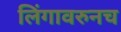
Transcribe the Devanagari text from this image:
लिंगावरुनच